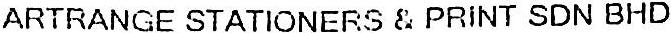
ARTRANGE STATIONERS & PRINT SDN BHD